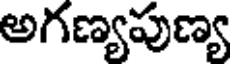
అగణ్యపుణ్య